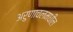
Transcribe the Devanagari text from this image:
अरुणाचलमधील